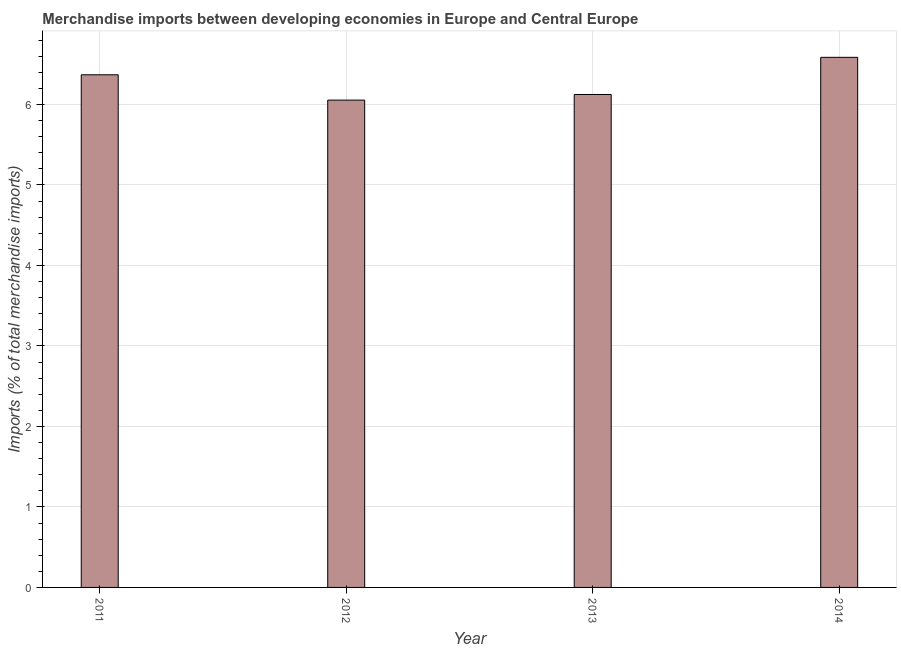
| Year | Merchandise imports |
 | --- | --- |
 | 2011 | 6.37 |
 | 2012 | 6.05 |
 | 2013 | 6.12 |
 | 2014 | 6.59 |